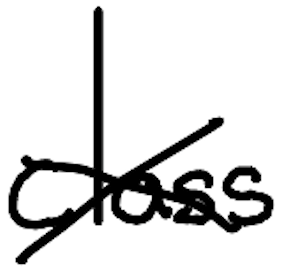
Text: class
Cross-out: cross
Writing tool: digital_black